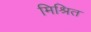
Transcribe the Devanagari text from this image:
मिश्रित